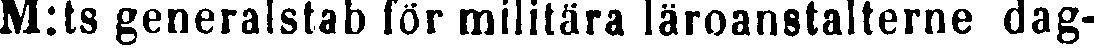
M:ts generalstab för militära läroanstalterne dag-